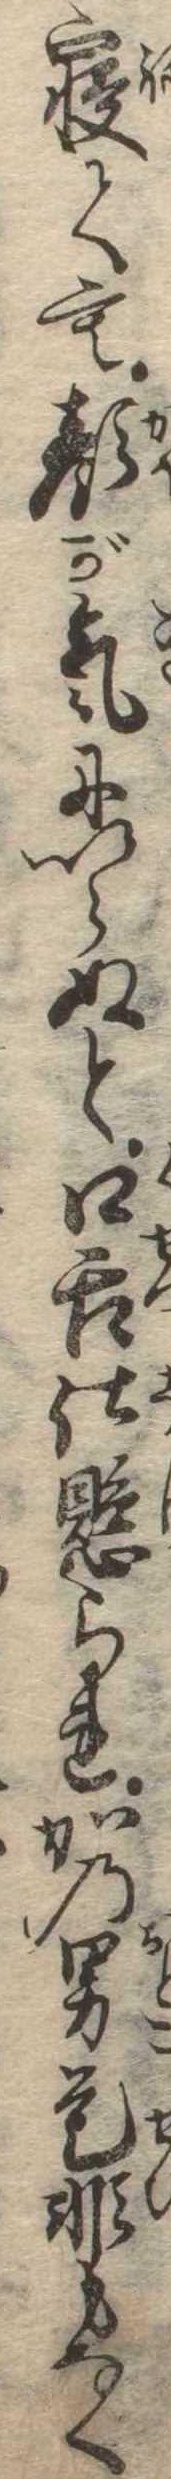
寝ても顔が気にいらぬと口舌仕懸られかの男是非もなく